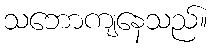
သဘောကျနေသည်။